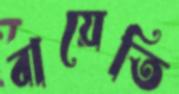
বায়েতি